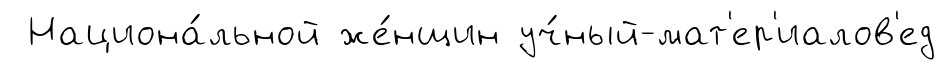
Национа́льной же́нщин уч́ный-мат'ер'иалов'ед